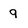
Character: 9